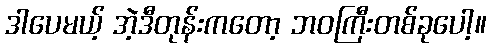
ဒါပေမယ့် အဲ့ဒီတုန်းကတော့ ဘဝကြီးတစ်ခုပေါ့။